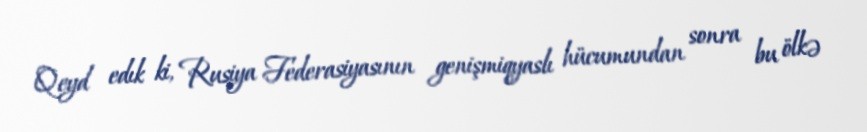
Qeyd edık ki, Rusiya Federasiyasının genişmiqyaslı hücumundan sonra bu ölkə